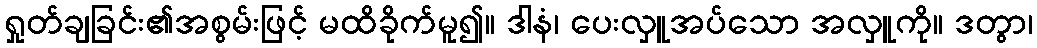
ရှုတ်ချခြင်း၏အစွမ်းဖြင့် မထိခိုက်မူ၍။ ဒါနံ၊ ပေးလှူအပ်သော အလှူကို။ ဒတွာ၊